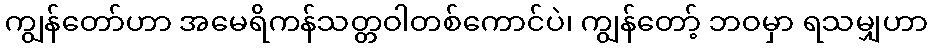
ကျွန်တော်ဟာ အမေရိကန်သတ္တဝါတစ်ကောင်ပဲ၊ ကျွန်တော့် ဘဝမှာ ရသမျှဟာ